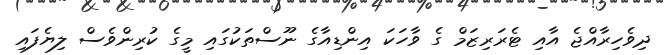
ދިވެހިރާއްޖެ އާއި ޓެރަރިޒަމް ގެ ވާހަކަ އިންޑިއާގެ ނޫސްތަކުގައި މީގެ ކުރިންވެސް ލިޔެފައި